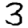
Digit: 3